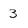
Character: 3